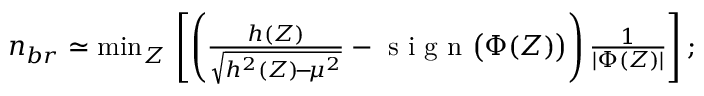
\begin{array} { r } { n _ { b r } \simeq \operatorname* { m i n } _ { Z } \, \left[ \left( \frac { h ( Z ) } { \sqrt { h ^ { 2 } ( Z ) \! - \! \mu ^ { 2 } } } - \mathrm { ~ s ~ i ~ g ~ n ~ } \big ( \Phi ( Z ) \big ) \right) \frac 1 { | \Phi ( Z ) | } \right] ; } \end{array}